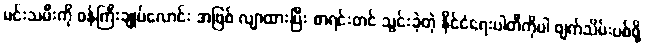
မင်းသမီးကို ဝန်ကြီးချုပ်လောင်း အဖြစ် လျာထားပြီး စာရင်းတင် သွင်းခဲ့တဲ့ နိုင်ငံရေးပါတီကိုပါ ဖျက်သိမ်းပစ်ဖို့